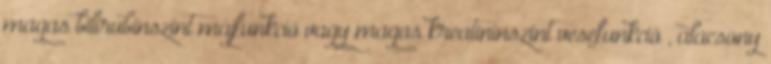
magas bilirubinszint májfunkció vagy magas kreatininszint vesefunkció , alacsony